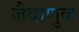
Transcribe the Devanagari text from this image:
जैवाणुक